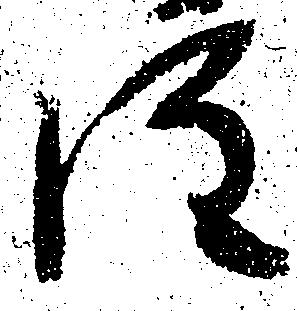
注